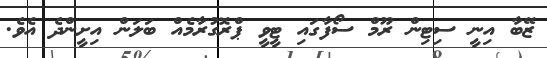
ޒޭބާ އިނީ ސިޓިން ރޫމް ސޯފާގައި ޓީވީ ޕްރޮގުރާމެއް ބަލަން އިށީންދެ އެވެ.